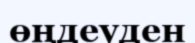
өңдеуден